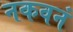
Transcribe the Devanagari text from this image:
नकवनं